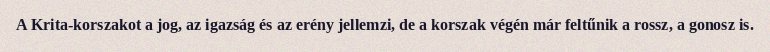
A Krita-korszakot a jog, az igazság és az erény jellemzi, de a korszak végén már feltűnik a rossz, a gonosz is.